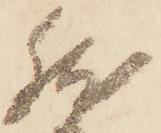
然